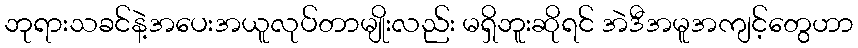
ဘုရားသခင်နဲ့အပေးအယူလုပ်တာမျိုးလည်း မရှိဘူးဆိုရင် အဲဒီအမူအကျင့်တွေဟာ